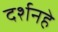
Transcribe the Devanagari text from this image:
दर्शनहे